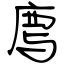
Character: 廌